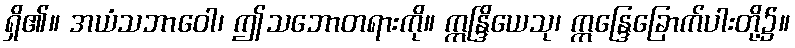
ရှိ၏။ အယံသဘာဝေါ၊ ဤသဘောတရားကို။ ဣန္ဒြိယေသု၊ ဣန္ဒြေခြောက်ပါးတို့၌။